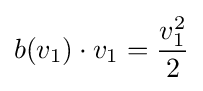
b(v_{1})\cdot v_{1}={\frac {v_{1}^{2}}{2}}